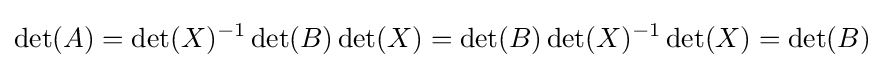
\det(A)=\det(X)^{-1}\det(B)\det(X)=\det(B)\det(X)^{-1}\det(X)=\det(B)